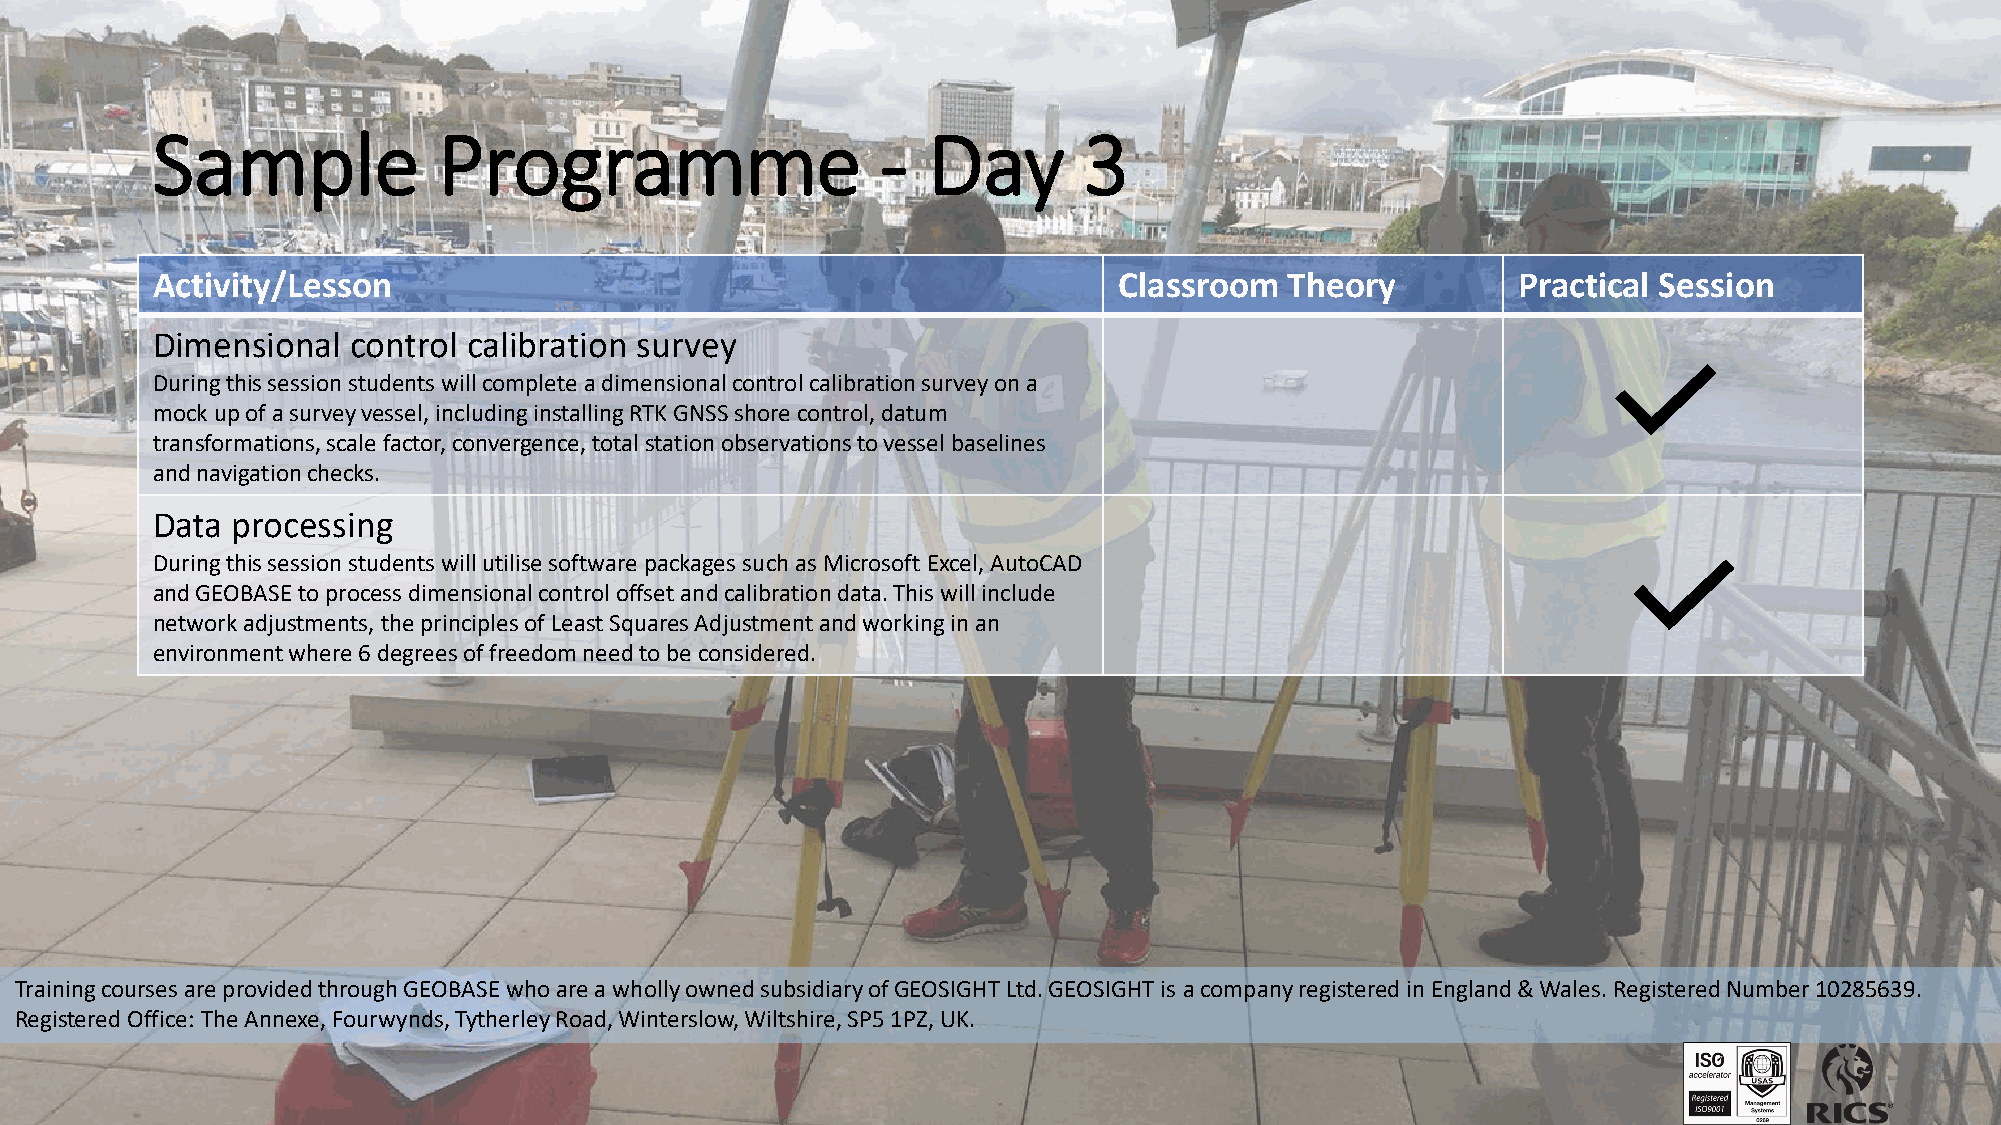
Sample             Programme                    -  Day        3
 Activity/Lesson                                                 Classroom  Theory         Practical Session
 Dimensional  control calibration survey
 During this session students will complete a dimensional control calibration survey on a
 mock up of a survey vessel, including installing RTK GNSS shore control, datum
 transformations, scale factor, convergence, total station observations to vessel baselines
 and navigation checks.
 Data processing
 During this session students will utilise software packages such as Microsoft Excel, AutoCAD
 and GEOBASE to process dimensional control offset and calibration data. This will include
 network adjustments, the principles of Least Squares Adjustment and working in an
 environment where 6 degrees of freedom need to be considered.
 Training courses are provided through GEOBASE who are a wholly owned subsidiary of GEOSIGHT Ltd. GEOSIGHT is a company registered in England & Wales. Registered Number 10285639.
 Registered Office: The Annexe, Fourwynds, Tytherley Road, Winterslow, Wiltshire, SP5 1PZ, UK.